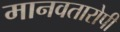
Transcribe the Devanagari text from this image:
मानवतारोपी